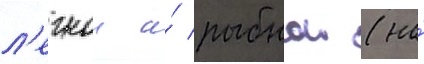
л'егкои и́ рыбнои (на́